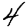
Digit: 4